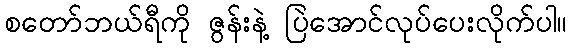
စတော်ဘယ်ရီကို ဇွန်းနဲ့ ပြဲအောင်လုပ်ပေးလိုက်ပါ။